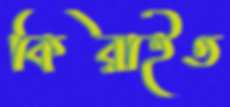
কিরাইত